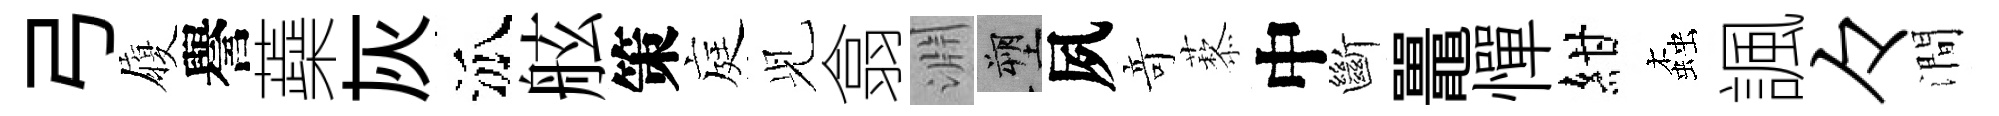
弓履譽蘃灰泒舷策庭𫤗翕淵塑夙竒藜中斷鼉憚紺螙諷々澗